Scottish Leaving Certificate Examination, 1959
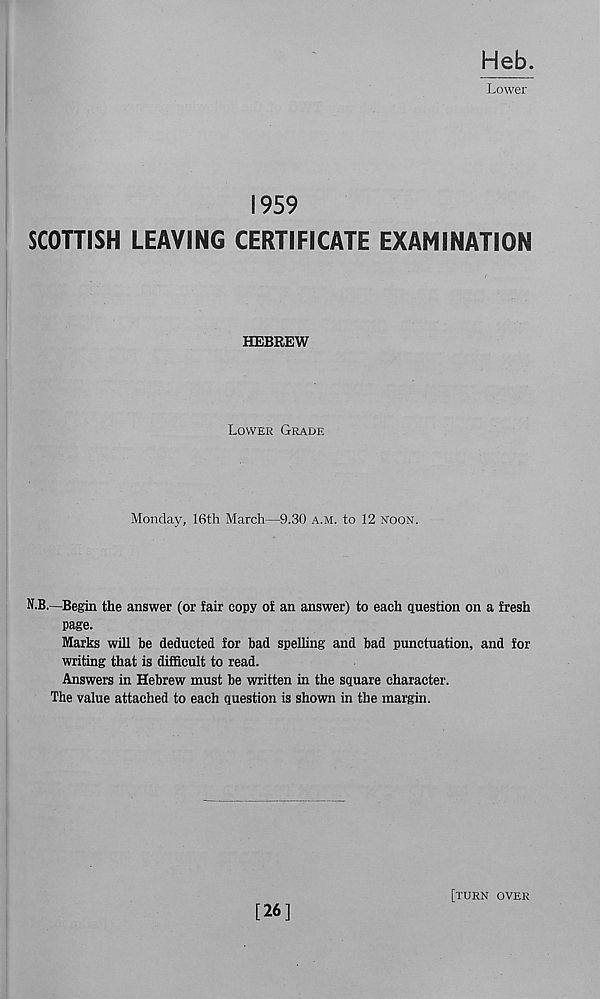
Heb.
Lower
1959
SCOTTISH LEAVING CERTIFICATE EXAMINATION
HEBREW
Lower Grade
Monday, 16th March—9.30 a.m. to 12 noon.
N.B.—Begin the answer (or fair copy of an answer) to each question on a fresh
page.
Marks will be deducted for bad spelling and bad punctuation, and for
writing that is difficult to read.
Answers in Hebrew must be written in the square character.
The value attached to each question is shown in the margin.
[26]
[turn over